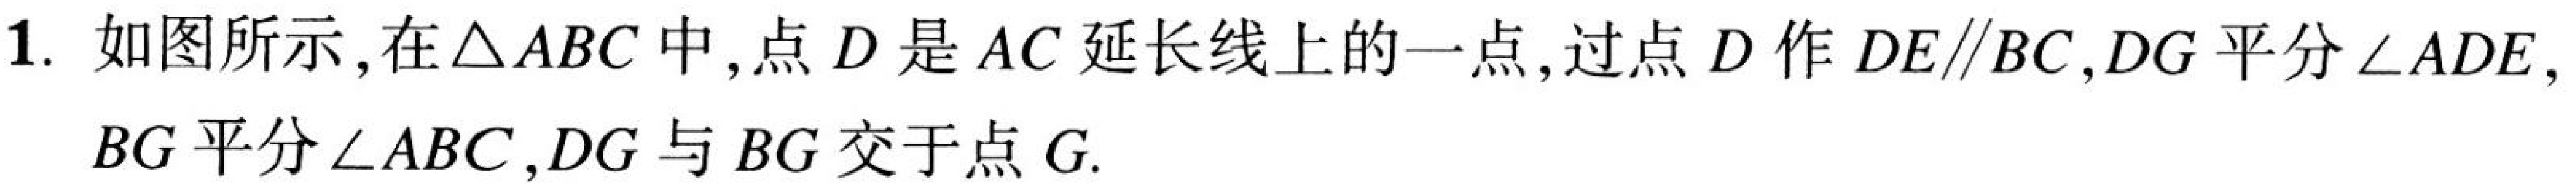
1. 如图所示，在\(\triangle ABC\)中，点\(D\)是\(AC\)延长线上的一点，过点\(D\)作\(DE\parallel BC\)，\(DG\)平分\(\angle ADE\)，\(BG\)平分\(\angle ABC\)，\(DG\)与\(BG\)交于点\(G\).